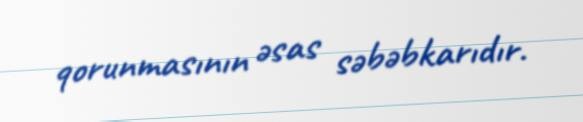
qorunmasının əsas səbəbkarıdır.